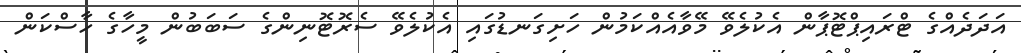
އަދަދެއްގެ ޓްރައިޕްޓޮޕާން އެކުލެވޭ މޭވާއެއްކަމުން ހަށިގަނޑުގައި އެކުލެވޭ ސެރޮޓޮނިންގެ ސަބަބުން މީހާގެ ހާސްކަން